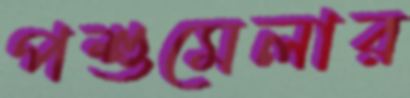
পশুমেলার